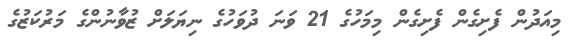
މިއަދުން ފެށިގެން ފެށިގެން މިމަހުގެ 21 ވަނަ ދުވަހުގެ ނިޔަލަށް ޒުވާނުންގެ މަރުކަޒުގެ